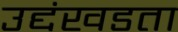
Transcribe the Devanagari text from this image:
उद्दंखडता